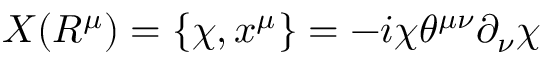
{ \cal X } ( R ^ { \mu } ) = \{ { \chi } , x ^ { \mu } \} = - i { \chi } { \theta } ^ { { \mu } { \nu } } { \partial } _ { \nu } { \chi }